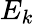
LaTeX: E_{k}